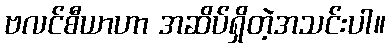
ဗလင်စီယာဟာ အဆိပ်ရှိတဲ့အသင်းပါ။